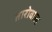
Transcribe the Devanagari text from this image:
तारोवाल